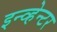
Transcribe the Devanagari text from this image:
इन्व्हेन्टर